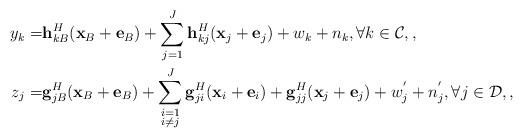
LaTeX: \begin{align*}y_k=&\mathbf{h}_{kB}^H({\bf x}_B+{\bf e}_B)+\sum_{j=1}^{J}{\bf h}_{kj}^H ({\bf x}_j+{\bf e}_j)+w_k +n_k, \forall k\in\mathcal{C},,\\z_j=&{\bf g}_{jB}^H ({\bf x}_B+{\bf e}_B)+\sum_{\substack{i=1\\i\neq j}}^{J}{\bf g}_{ji}^H ({\bf x}_i+{\bf e}_i)+ {\bf g}_{jj}^H ({\bf x}_j + {\bf e}_j) +w^{'}_j+ n^{'}_j, \forall j\in\mathcal{D},,\end{align*}